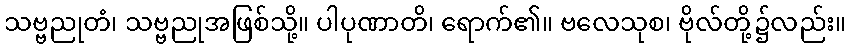
သဗ္ဗညုတံ၊ သဗ္ဗညုအဖြစ်သို့။ ပါပုဏာတိ၊ ရောက်၏။ ဗလေသုစ၊ ဗိုလ်တို့၌လည်း။